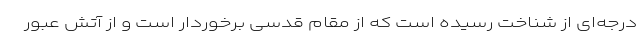
درجه‌ای از شناخت رسیده است که از مقام قدسی برخوردار است و از آتش عبور